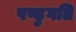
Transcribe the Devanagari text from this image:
पण्डुगति